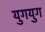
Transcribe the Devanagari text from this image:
युगयुग